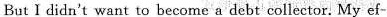
But I didn't want to become a debt collector. My ef-